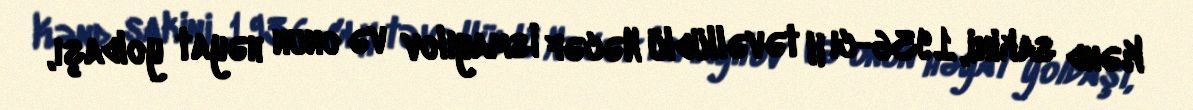
Kənd sakini, 1936-cı il təvəllüdlü Nəcəf İsmayılov və onun həyat yoldaşı,